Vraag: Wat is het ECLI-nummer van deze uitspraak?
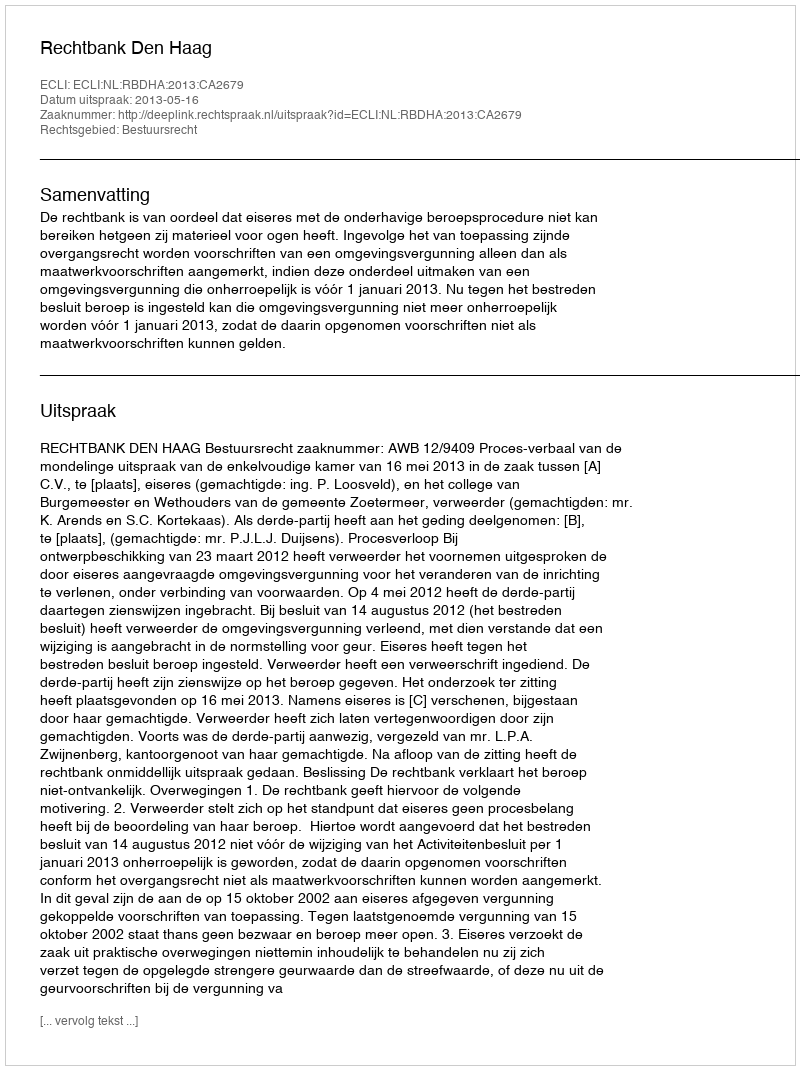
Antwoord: ECLI:NL:RBDHA:2013:CA2679